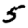
Digit: 5